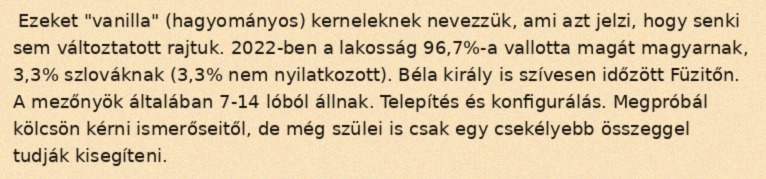
Ezeket "vanilla" (hagyományos) kerneleknek nevezzük, ami azt jelzi, hogy senki sem változtatott rajtuk. 2022-ben a lakosság 96,7%-a vallotta magát magyarnak, 3,3% szlováknak (3,3% nem nyilatkozott). Béla király is szívesen időzött Füzitőn. A mezőnyök általában 7-14 lóból állnak. Telepítés és konfigurálás. Megpróbál kölcsön kérni ismerőseitől, de még szülei is csak egy csekélyebb összeggel tudják kisegíteni.